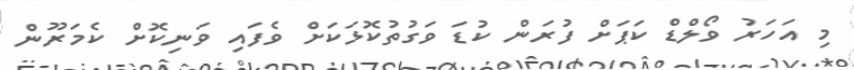
މި އަހަރު ވޯލްޑް ކަޕަށް ފުރަން ކުޑަ ވަގުތުކޮޅަކަށް ވެފައި ވަނިކޮށް ކެމަރޫން